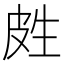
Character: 𰤢